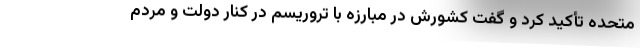
متحده تأکید کرد و گفت کشورش در مبارزه با تروریسم در کنار دولت و مردم